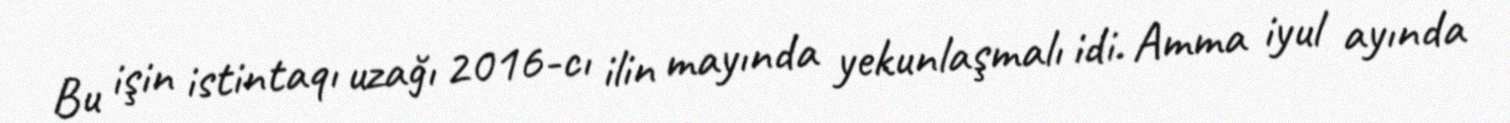
Bu işin istintaqı uzağı 2016-cı ilin mayında yekunlaşmalı idi. Amma iyul ayında